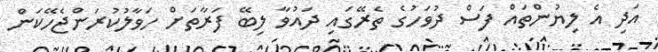
އަދި އެ ލިޔުންތައް ފަސް ދުވަހުގެ ތެރޭގައި ދައުވާ ލިބޭ ފަރާތަށް ހަވާލުކުރަންޖެހޭކަން